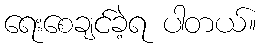
ရေးစေချင်ခဲ့ရ ပါတယ်။